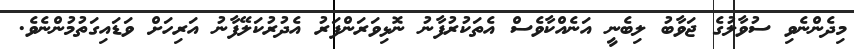
މިދެންނެވި ސުވާލުގެ ޖަވާބު ލިބެނީ އަނެއްކާވެސް އެތަކުރުފާނު ނޮޅިވަރަންފަރު އެދުރުކަލޭފާނު އަރިހަށް ވަޑައިގަތުމުންނެވެ.